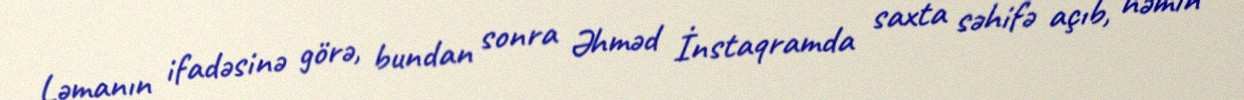
Ləmanın ifadəsinə görə, bundan sonra Əhməd İnstaqramda saxta səhifə açıb, həmin